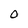
Character: 0